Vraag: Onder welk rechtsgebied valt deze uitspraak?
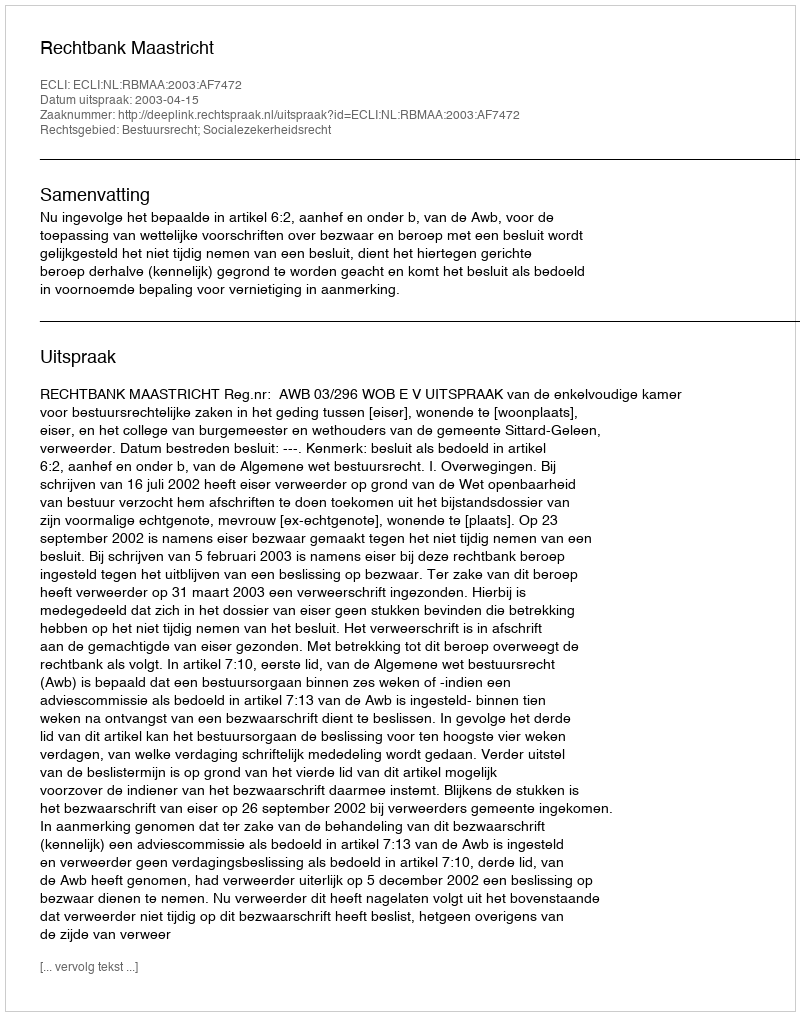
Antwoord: Bestuursrecht; Socialezekerheidsrecht